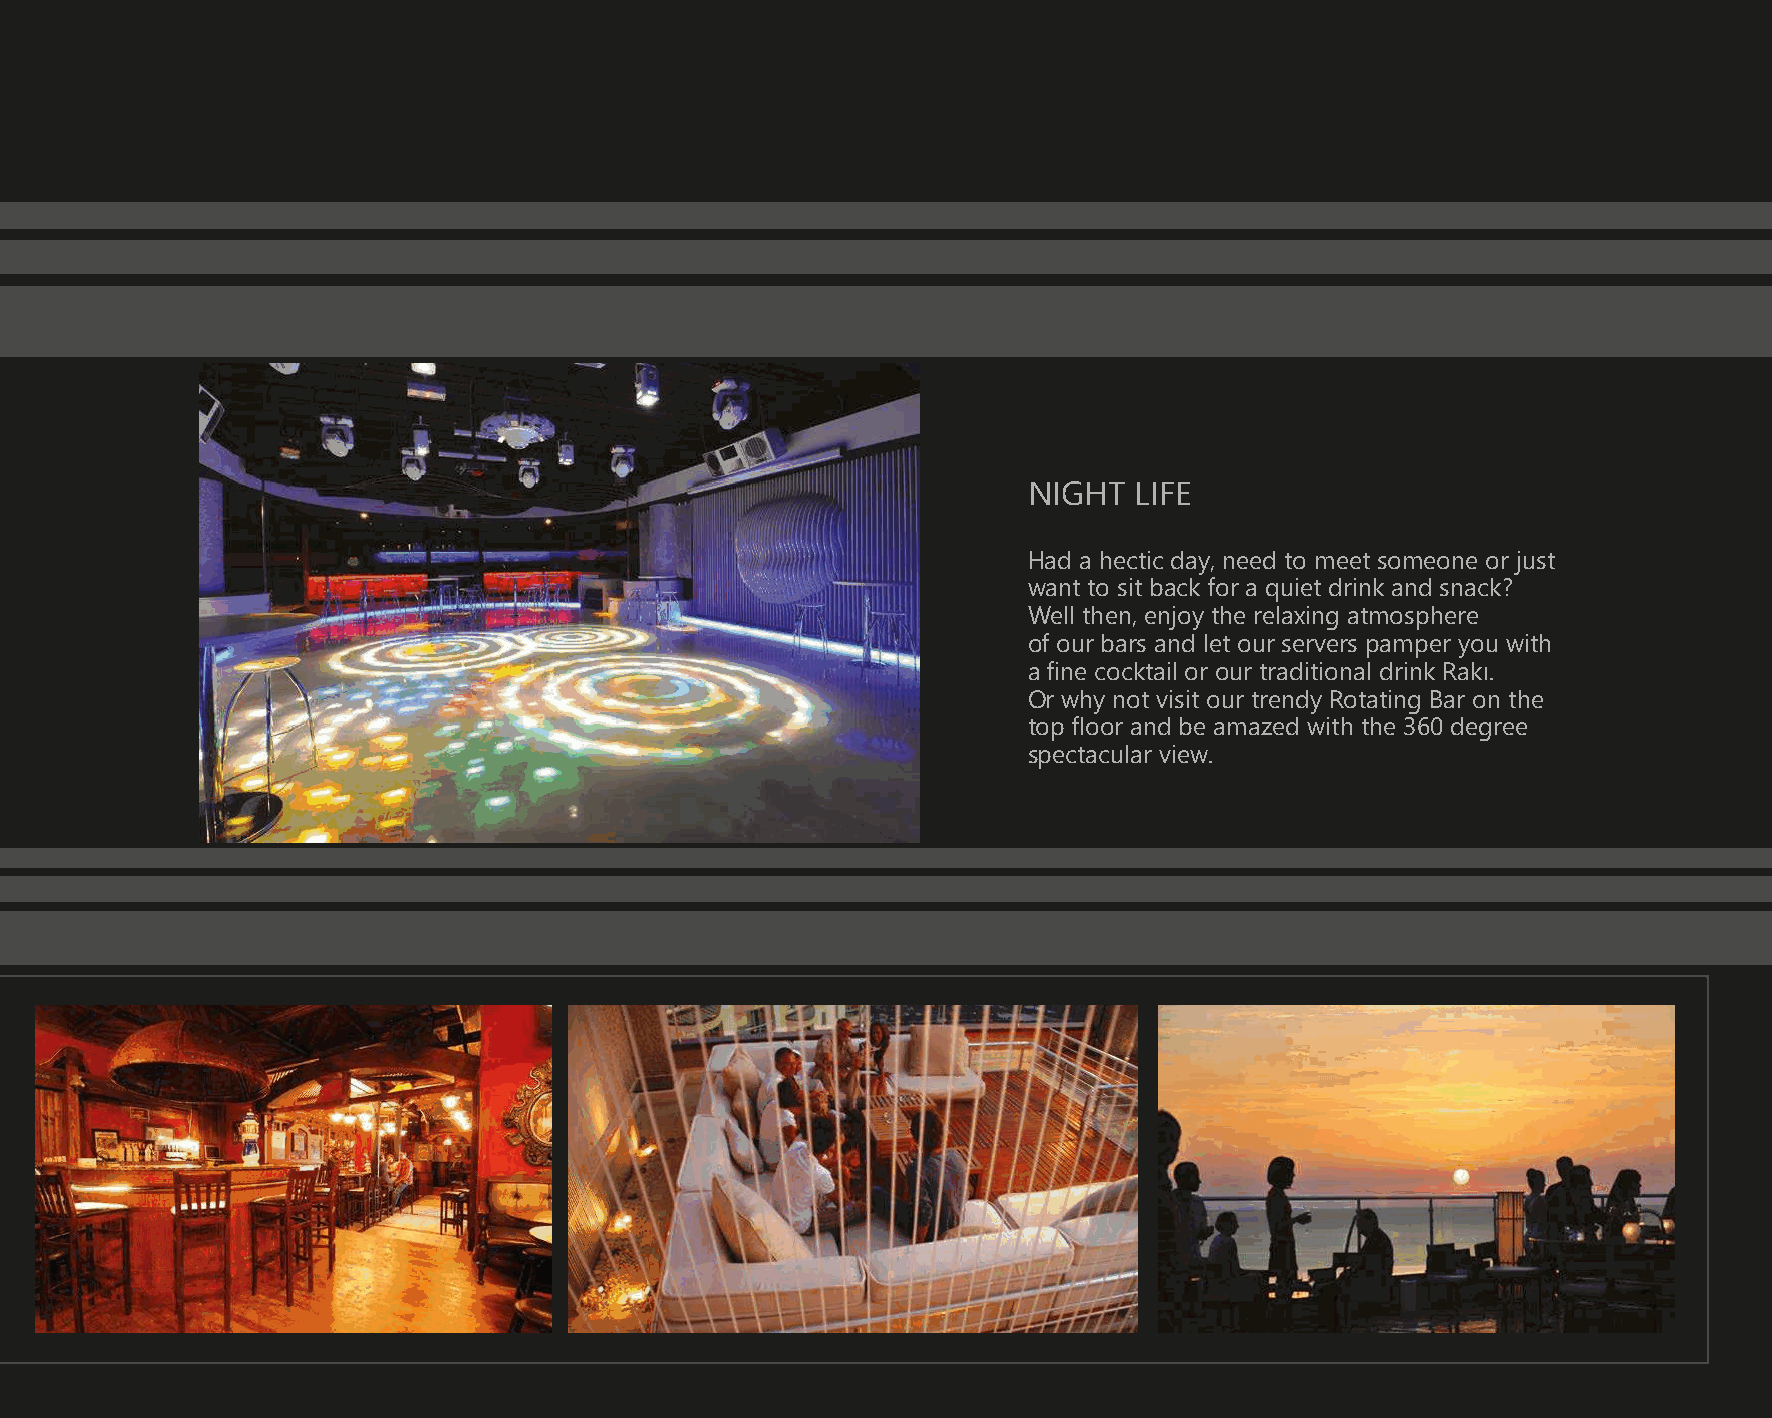
NIGHT  LIFE
 Had a hectic day, need to meet someone or just
 want to sit back for a quiet drink and snack?
 Well then, enjoy the relaxing atmosphere
 of our bars and let our servers pamper you with
 a fine cocktail or our traditional drink Rakı.
 Or why not visit our trendy Rotating Bar on the
 top floor and be amazed with the 360 degree
 spectacular view.